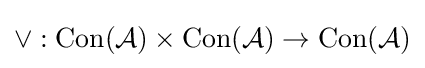
\vee :\mathrm {Con} ({\mathcal {A}})\times \mathrm {Con} ({\mathcal {A}})\to \mathrm {Con} ({\mathcal {A}})